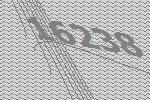
16238